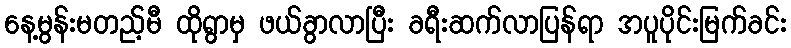
နေ့မွန်းမတည့်မီ ထိုရွာမှ ဖယ်ခွာလာပြီး ခရီးဆက်လာပြန်ရာ အပူပိုင်းမြက်ခင်း